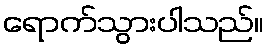
ရောက်သွားပါသည်။